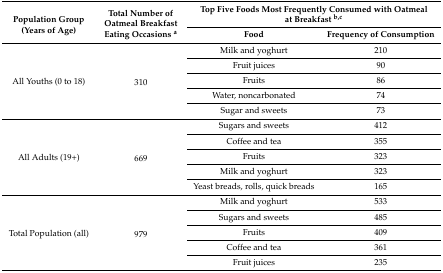
<table><thead><tr><td rowspan="2"><b>Population Group (Years of Age)</b></td><td rowspan="2"><b>Total Number of Oatmeal Breakfast Eating Occasions <sup>a</sup></b></td><td colspan="2"><b>Top Five Foods Most Frequently Consumed with Oatmeal at Breakfast <sup>b,c</sup></b></td></tr><tr><td><b>Food</b></td><td><b>Frequency of Consumption</b></td></tr></thead><tbody><tr><td rowspan="5">All Youths (0 to 18)</td><td rowspan="5">310</td><td>Milk and yoghurt</td><td>210</td></tr><tr><td>Fruit juices</td><td>90</td></tr><tr><td>Fruits</td><td>86</td></tr><tr><td>Water, noncarbonated</td><td>74</td></tr><tr><td>Sugar and sweets</td><td>73</td></tr><tr><td rowspan="5">All Adults (19+)</td><td rowspan="5">669</td><td>Sugars and sweets</td><td>412</td></tr><tr><td>Coffee and tea</td><td>355</td></tr><tr><td>Fruits</td><td>323</td></tr><tr><td>Milk and yoghurt</td><td>323</td></tr><tr><td>Yeast breads, rolls, quick breads</td><td>165</td></tr><tr><td rowspan="5">Total Population (all)</td><td rowspan="5">979</td><td>Milk and yoghurt</td><td>533</td></tr><tr><td>Sugars and sweets</td><td>485</td></tr><tr><td>Fruits</td><td>409</td></tr><tr><td>Coffee and tea</td><td>361</td></tr><tr><td>Fruit juices</td><td>235</td></tr></tbody></table>